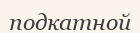
подкатной